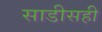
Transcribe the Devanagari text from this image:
साडीसही